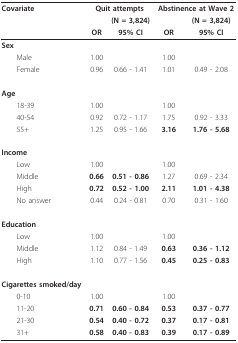
<table><thead><tr><td><b>Covariate</b></td><td colspan="2"><b>Quit attempts</b></td><td colspan="2"><b>Abstinence at Wave 2</b></td></tr><tr><td></td><td></td><td><b>(N = 3,824)</b></td><td></td><td><b>(N = 3,824)</b></td></tr><tr><td></td><td><b>OR</b></td><td><b>95% CI</b></td><td><b>OR</b></td><td><b>95% CI</b></td></tr></thead><tbody><tr><td><b>Sex</b></td><td></td><td></td><td></td><td></td></tr><tr><td> Male</td><td>1.00</td><td></td><td>1.00</td><td></td></tr><tr><td> Female</td><td>0.96</td><td>0.66 - 1.41</td><td>1.01</td><td>0.49 - 2.08</td></tr><tr><td><b>Age</b></td><td></td><td></td><td></td><td></td></tr><tr><td> 18-39</td><td>1.00</td><td></td><td>1.00</td><td></td></tr><tr><td> 40-54</td><td>0.92</td><td>0.72 - 1.17</td><td>1.75</td><td>0.92 - 3.33</td></tr><tr><td> 55+</td><td>1.25</td><td>0.95 - 1.66</td><td><b>3.16</b></td><td><b>1.76 - 5.68</b></td></tr><tr><td><b>Income</b></td><td></td><td></td><td></td><td></td></tr><tr><td> Low</td><td>1.00</td><td></td><td>1.00</td><td></td></tr><tr><td> Middle</td><td><b>0.66</b></td><td><b>0.51 - 0.86</b></td><td>1.27</td><td>0.69 - 2.34</td></tr><tr><td> High</td><td><b>0.72</b></td><td><b>0.52 - 1.00</b></td><td><b>2.11</b></td><td><b>1.01 - 4.38</b></td></tr><tr><td> No answer</td><td>0.44</td><td>0.24 - 0.81</td><td>0.70</td><td>0.31 - 1.60</td></tr><tr><td><b>Education</b></td><td></td><td></td><td></td><td></td></tr><tr><td> Low</td><td>1.00</td><td></td><td>1.00</td><td></td></tr><tr><td> Middle</td><td>1.12</td><td>0.84 - 1.49</td><td><b>0.63</b></td><td><b>0.36 - 1.12</b></td></tr><tr><td> High</td><td>1.10</td><td>0.77 - 1.56</td><td><b>0.45</b></td><td><b>0.25 - 0.83</b></td></tr><tr><td><b>Cigarettes smoked/day</b></td><td></td><td></td><td></td><td></td></tr><tr><td> 0-10</td><td>1.00</td><td></td><td>1.00</td><td></td></tr><tr><td> 11-20</td><td><b>0.71</b></td><td><b>0.60 - 0.84</b></td><td><b>0.53</b></td><td><b>0.37 - 0.77</b></td></tr><tr><td> 21-30</td><td><b>0.54</b></td><td><b>0.40 - 0.72</b></td><td><b>0.37</b></td><td><b>0.17 - 0.81</b></td></tr><tr><td> 31+</td><td><b>0.58</b></td><td><b>0.40 - 0.83</b></td><td><b>0.39</b></td><td><b>0.17 - 0.89</b></td></tr></tbody></table>